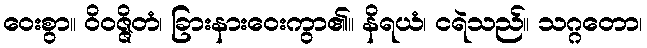
ဝေးစွာ။ ဝိဝဇ္ဇိတံ၊ ခြားနားဝေးကွာ၏။ နိရယံ၊ ငရဲသည်။ သဂ္ဂတော၊